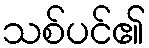
သစ်ပင်၏